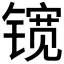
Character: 𮸠